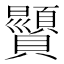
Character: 𫎥